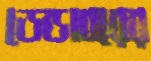
ডেন্ডাবরের